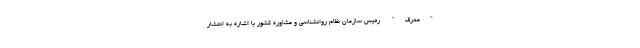
"مدرک" رئیس سازمان نظام روانشناسی و مشاوره کشور با اشاره به انتشار